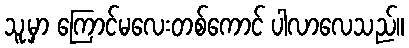
သူ့မှာ ကြောင်မလေးတစ်ကောင် ပါလာလေသည်။